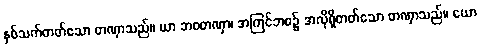
နှစ်သက်တတ်သော တဏှာသည်။ ယာ ဘဝတဏှာ၊ အကြင်ဘဝ၌ အလိုရှိတတ်သော တဏှာသည်။ ယော